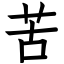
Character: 苦